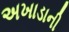
અખાડાની